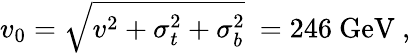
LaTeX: v_{0}=\sqrt{v^{2}+\sigma_{t}^{2}+\sigma_{b}^{2}}\ =246\ \mathrm{GeV}\ ,